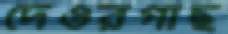
দেওরগাছ